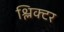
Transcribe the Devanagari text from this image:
श्लिक्टर